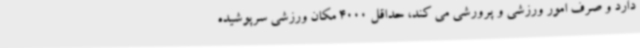
دارد و صرف امور ورزشی و پرورشی می کند، حداقل 4000 مکان ورزشی سرپوشیده